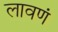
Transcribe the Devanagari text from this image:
लावणं